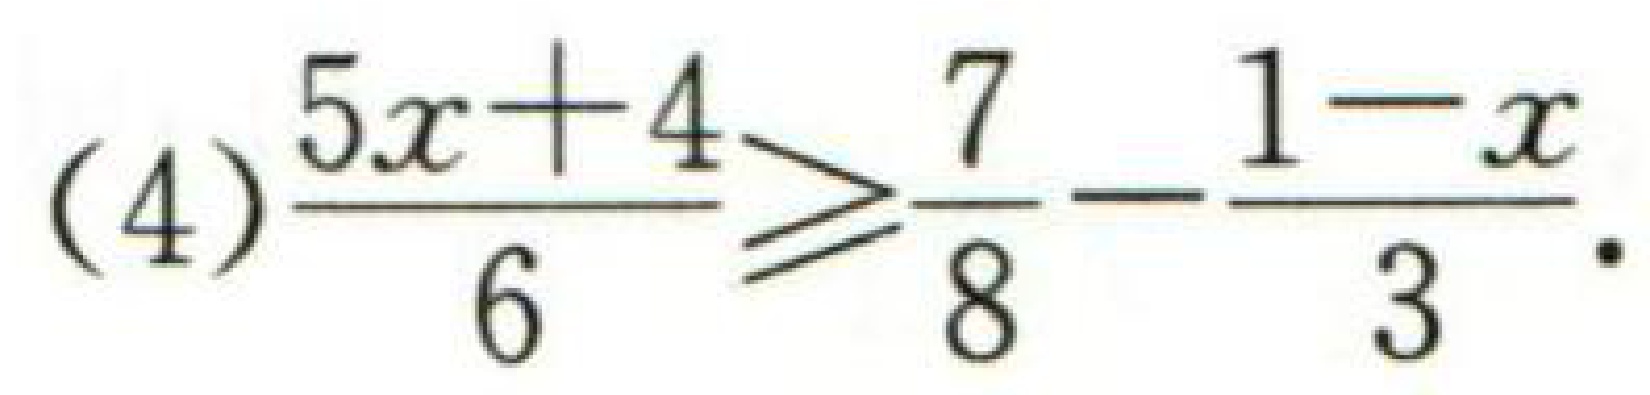
(4)$\frac{5x + 4}{6} \geq \frac{7}{8} - \frac{1 - x}{3}$